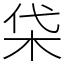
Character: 柋